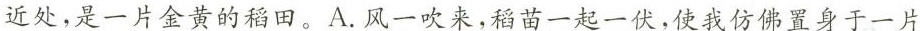
近处，是一片金黄的稻田。A.\underline{风一吹来，稻苗一起一伏，使我仿佛置身于一片}